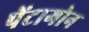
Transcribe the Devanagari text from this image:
पेंटागोन